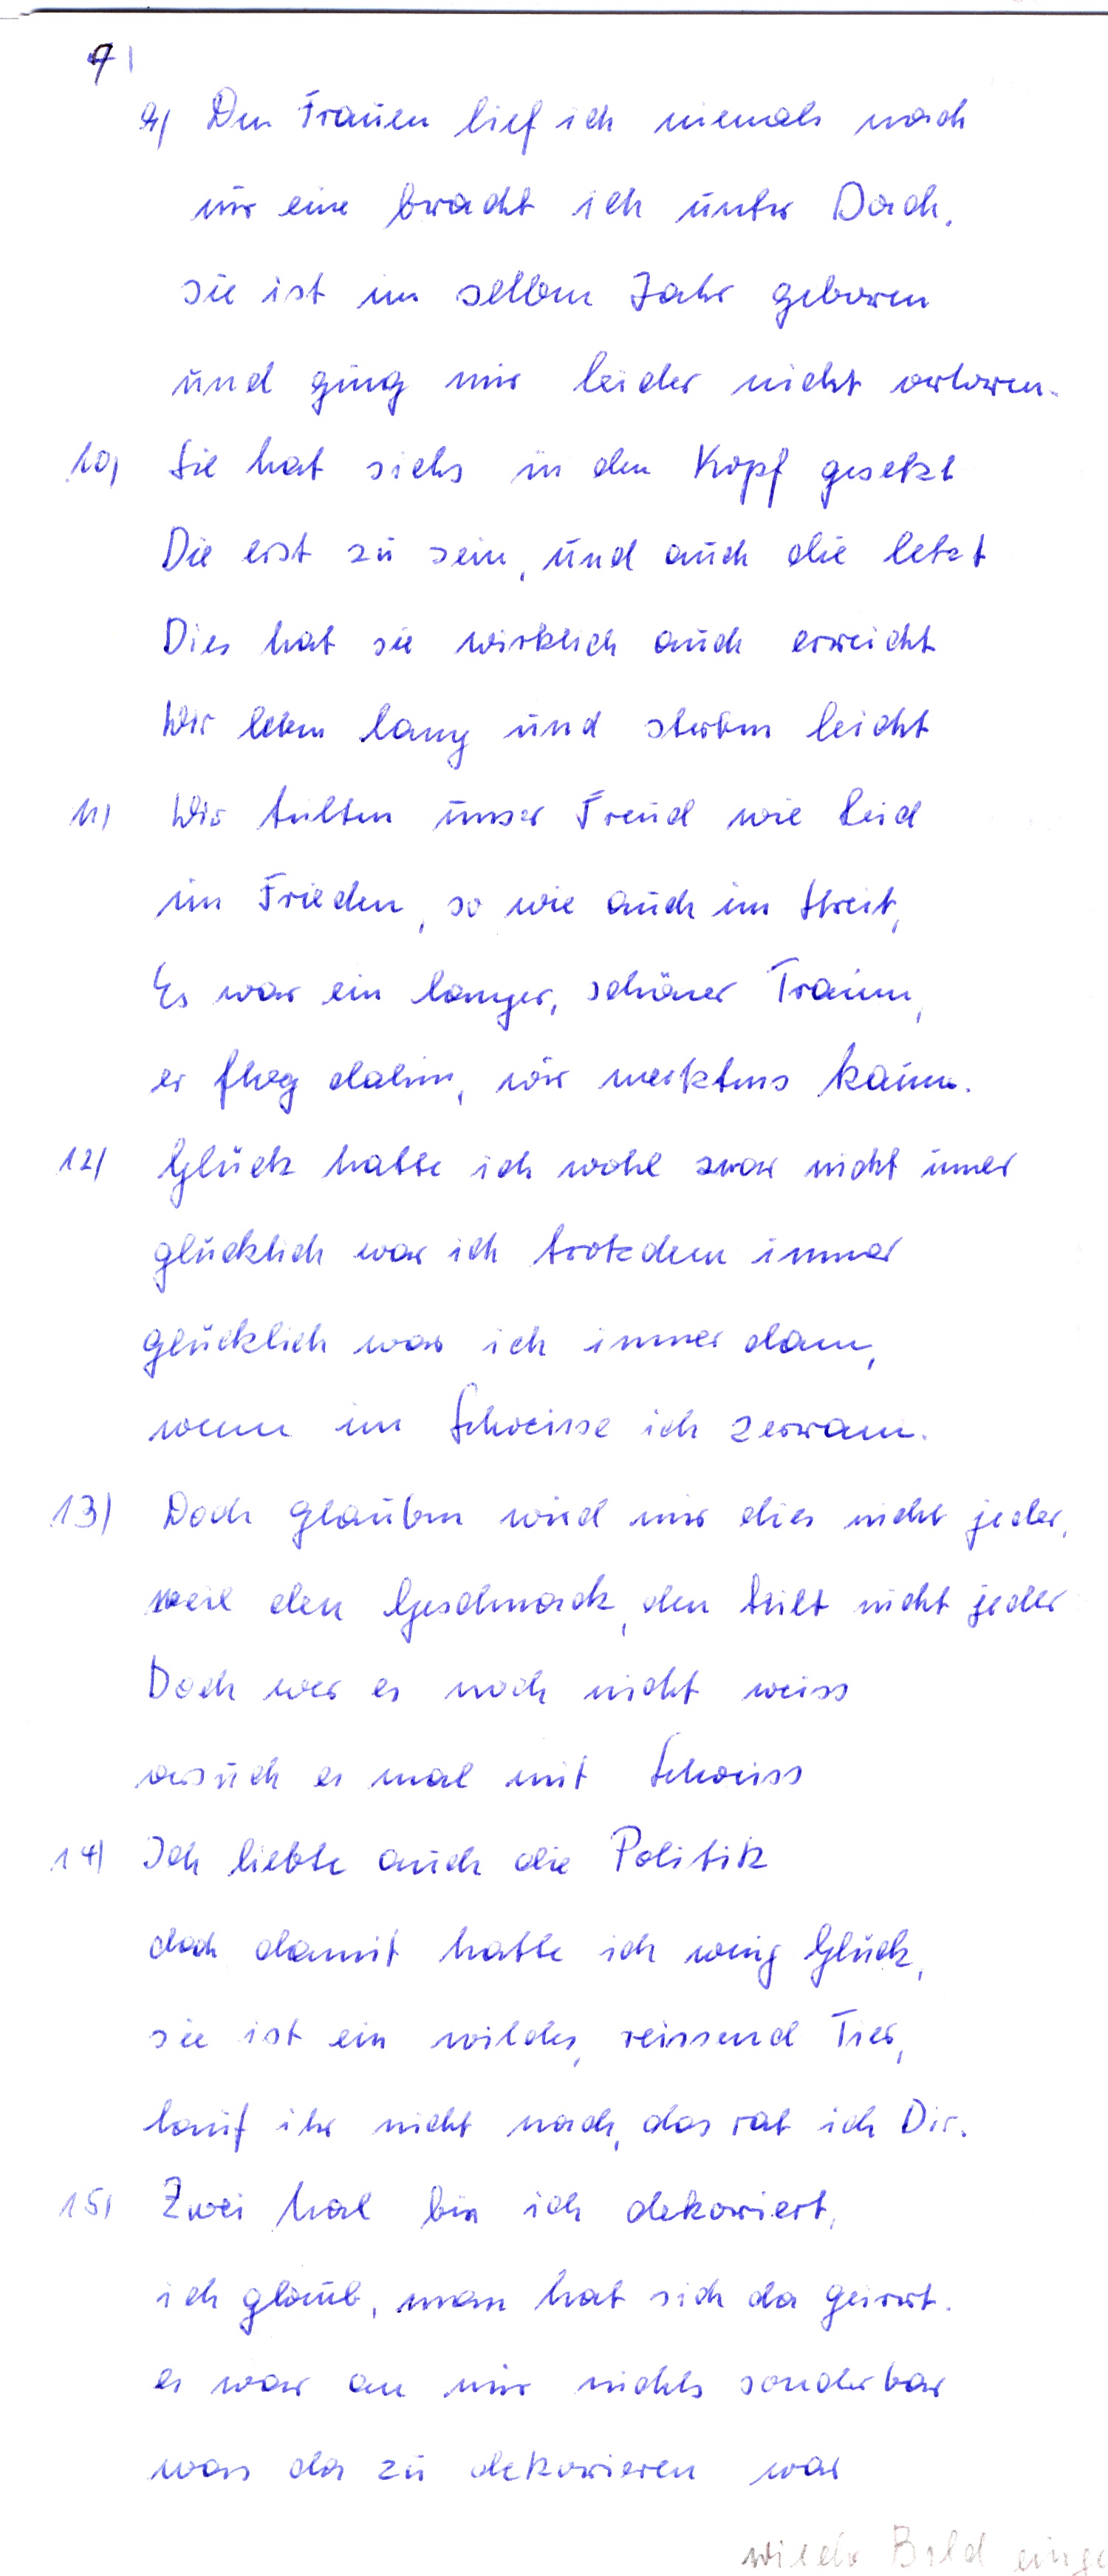
9) Den Frauen lief ich niemals nach
nur eine bracht ich unter Dach,
sie ist im selben Jahr geboren
und ging mir leider nicht verloren
10) Sie hat sichs in den Kopf gesetzt
Die erst zu sein, und auch die letzt
Dies hat sie wirklich auch erreicht
Wir leben lang und sterben leicht
11) Wir teilten unser Freud wie Leid
im Frieden so wie auch im Streit,
Es war ein langer, schöner Traum,
er flog dahin, wir merktens kaum.
12) Glück hatte ich wohl zwar nicht immer
glücklich war ich trotzdem immer
glücklich war ich immer dann
wenn im Schweisse ich zerrann.
13) Doch glauben wird mir dies nicht jeder
weil den Geschmack, den teilt nicht jeder
Doch wer es noch nicht weiss
versuch es mal mit Schweiss
14) Ich liebte auch die Politik
doch damit hatte ich wenig Glück,
sie ist ein wildes reissend Tier,
lauf ihr nicht nach, das rat ich Dir.
15) Zwei Mal bin ich dekoriert,
ich glaub, man hat sich da geirrt.
es war an mir nichts sonderbar
was da zu dekorieren war